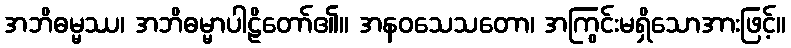
အဘိဓမ္မဿ၊ အဘိဓမ္မာပါဠိတော်၏။ အနဝသေသတော၊ အကြွင်းမရှိသောအားဖြင့်။